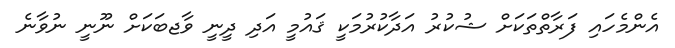
އެންމެހައި ފަރާތްތަކަށް ޝުކުރު އަދާކުރުމަކީ ޤައުމީ އަދި ދީނީ ވާޖބަކަށް ނޫނީ ނުވާނެ